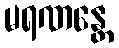
မရဏန္တေ